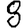
Digit: 8